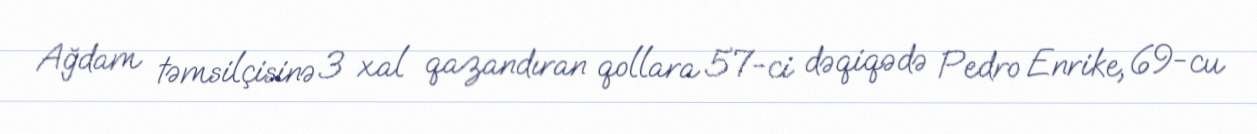
Ağdam təmsilçisinə 3 xal qazandıran qollara 57-ci dəqiqədə Pedro Enrike, 69-cu